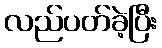
လည်ပတ်ခဲ့ပြီး